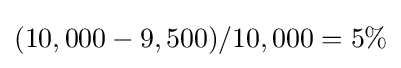
(10,000-9,500)/10,000=5\%